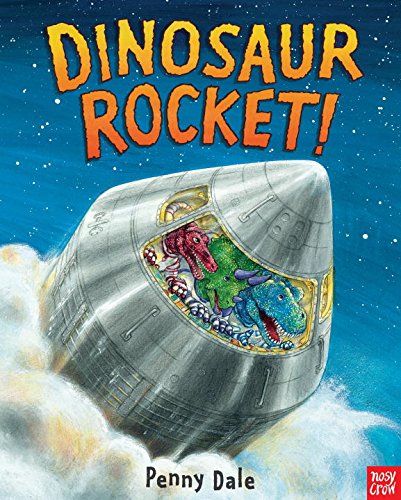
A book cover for Dinosaur Rocket!; Penny Dale; Children's Books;